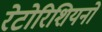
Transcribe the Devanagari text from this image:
रेटोरिशियनों